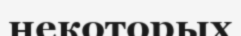
некоторых